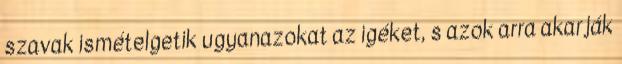
szavak ismételgetik ugyanazokat az igéket, s azok arra akarják